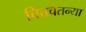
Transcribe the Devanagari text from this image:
चित्तचैतन्या